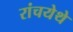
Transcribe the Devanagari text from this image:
रांचयेथे